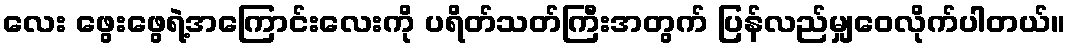
လေး ဖွေးဖွေရဲ့အကြောင်းလေးကို ပရိတ်သတ်ကြီးအတွက် ပြန်လည်မျှဝေလိုက်ပါတယ်။